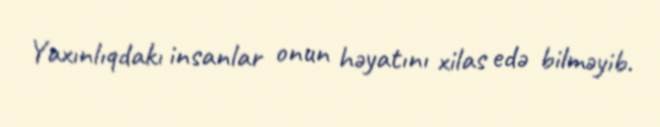
Yaxınlıqdakı insanlar onun həyatını xilas edə bilməyib.